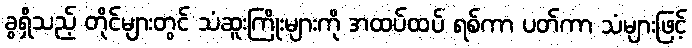
ခွရှိသည့် တိုင်များတွင် သံဆူးကြိုးများကို အထပ်ထပ် ရစ်ကာ ပတ်ကာ သံများဖြင့်